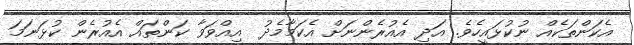
އެކަންތަކެއް ނުކުޅައީހެވެ. އަދި އެއުރެންނަށް އެކަމާމެދު  އިއްވަވާ ކަންތައް އެއުރެން ކުޅަނަމަ